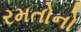
રમતોનો